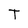
Character: T